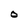
Character: O